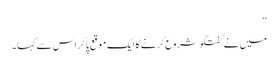
‘‘
میں نے گفتگو شروع کرنے کا ایک موقع پا کر اس سے کہا۔